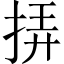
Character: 挵